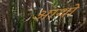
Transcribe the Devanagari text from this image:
आथो